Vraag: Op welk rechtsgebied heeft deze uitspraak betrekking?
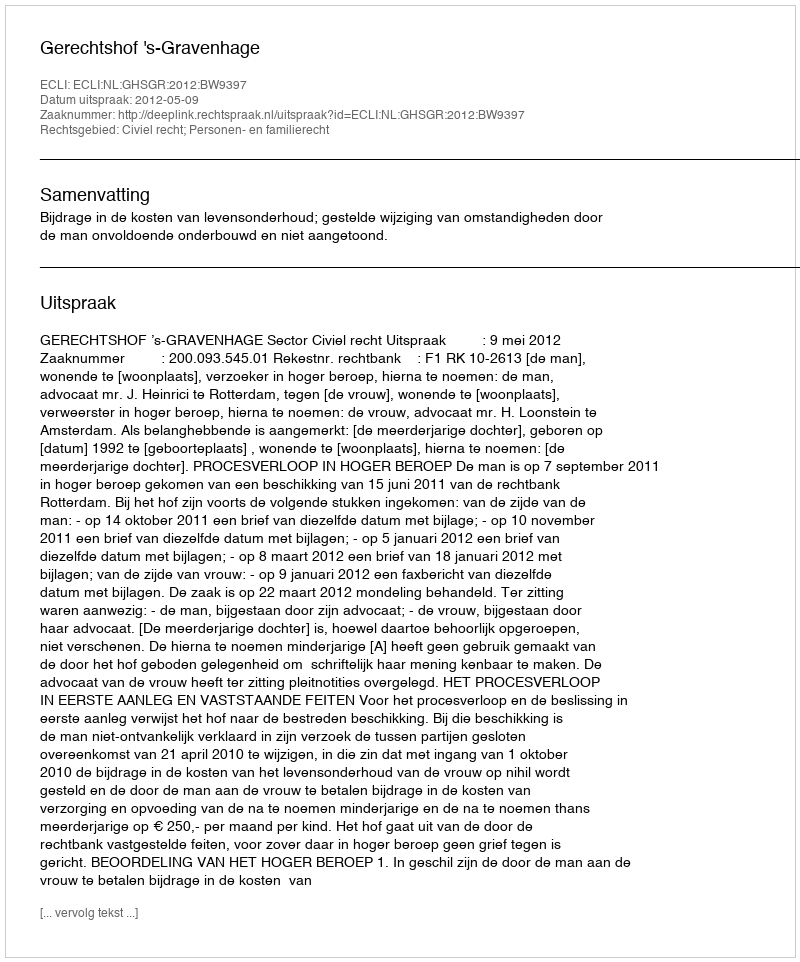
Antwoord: Civiel recht; Personen- en familierecht